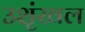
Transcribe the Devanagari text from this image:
उशृंखल